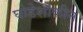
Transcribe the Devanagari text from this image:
घोडेशौकीन